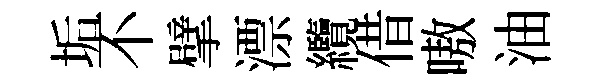
垢不擘漂纜借嗷油